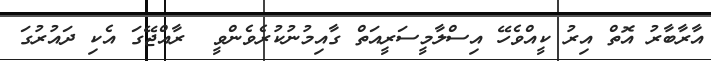
އާރާބާރު އޮތް އިރު ކީއްވެހޭ އިސްލާމީސަރީއަތް ގާއިމުނުކުރެވެންވީ  ރާއްޖޭގަ އެކި ދައުރުގަ